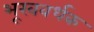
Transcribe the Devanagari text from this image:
भूखवर्धक